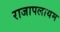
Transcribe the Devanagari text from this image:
राजापलायम